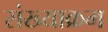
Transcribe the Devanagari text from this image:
संख्याक्रम